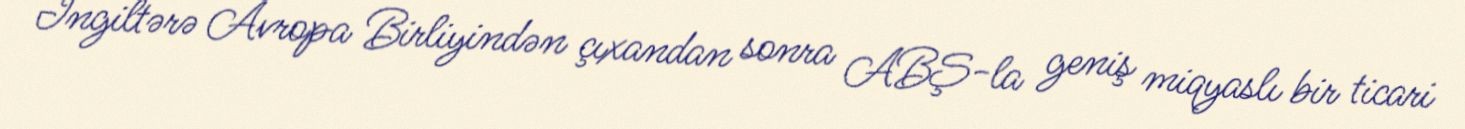
İngiltərə Avropa Birliyindən çıxandan sonra ABŞ-la geniş miqyaslı bir ticari